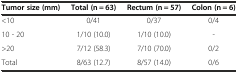
| Tumor size (mm) | Total (n = 63) | Rectum (n = 57) | Colon (n = 6) |
 | --- | --- | --- | --- |
 | <10 | 0/41 | 0/37 | 0/4 |
 | 10 - 20 | 1/10 (10.0) | 1/10 (10.0) | - |
 | >20 | 7/12 (58.3) | 7/10 (70.0) | 0/2 |
 | Total | 8/63 (12.7) | 8/57 (14.0) | 0/6 |